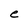
Character: e